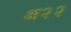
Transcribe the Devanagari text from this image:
अ२२